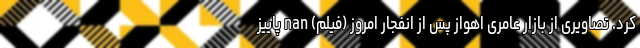
کرد. تصاویری از بازار عامری اهواز پس از انفجار امروز (فیلم) nan پاییز